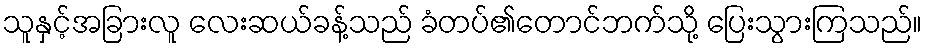
သူနှင့်အခြားလူ လေးဆယ်ခန့်သည် ခံတပ်၏တောင်ဘက်သို့ ပြေးသွားကြသည်။